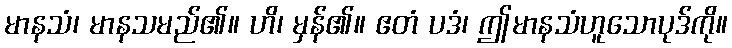
မာနသံ၊ မာနသမည်၏။ ဟိ၊ မှန်၏။ ဧတံ ပဒံ၊ ဤမာနသံဟူသောပုဒ်ကို။